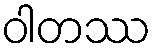
ဝါတဿ